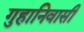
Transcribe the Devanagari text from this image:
गुहानिवासी